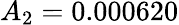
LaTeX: A_{2}=0.000620